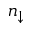
n _ { \downarrow }